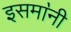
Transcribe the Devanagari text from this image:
इसमा॓नी